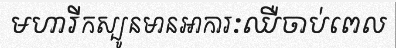
មហារីកស្បូនមានអាការៈឈឺចាប់ពេល